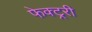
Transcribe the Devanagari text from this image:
फेक्ट्ररी